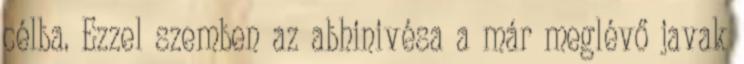
célba. Ezzel szemben az abhinivésa a már meglévő javak